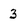
Character: 3